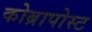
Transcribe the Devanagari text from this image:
कोब्रापोस्ट